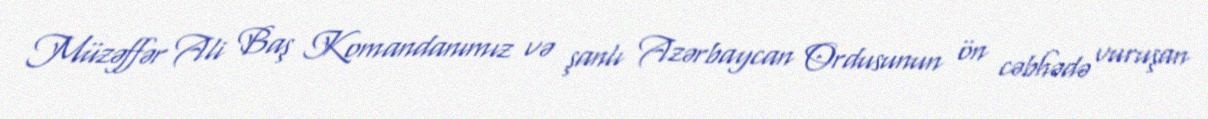
Müzəffər Ali Baş Komandanımız və şanlı Azərbaycan Ordusunun ön cəbhədə vuruşan